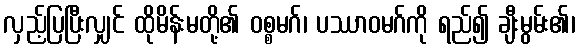
လှည့်ပြပြီးလျှင် ထိုမိန်းမတို့၏ ဝစ္စမဂ်၊ ပဿာဝမဂ်ကို ရည်၍ ချီးမွမ်း၏၊